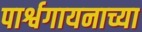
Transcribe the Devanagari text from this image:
पार्श्वगायनाच्या